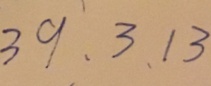
3 9 、 3 、 1 3